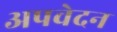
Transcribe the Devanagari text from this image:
अपवेदन